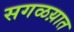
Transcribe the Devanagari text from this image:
सगळय़ात